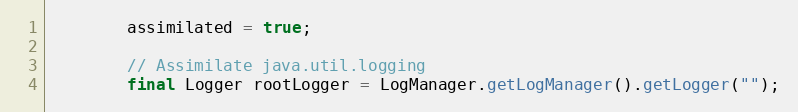
Language: Java
        assimilated = true;

        // Assimilate java.util.logging
        final Logger rootLogger = LogManager.getLogManager().getLogger("");